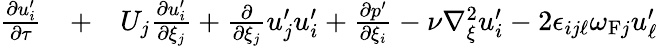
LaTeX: \begin{array}{rlr}{\frac{\partial u_{i}^{\prime}}{\partial\tau}}&{{}+}&{U_{j}\frac{\partial u_{i}^{\prime}}{\partial\xi_{j}}+\frac{\partial}{\partial\xi_{j}}u_{j}^{\prime}u_{i}^{\prime}+\frac{\partial p^{\prime}}{\partial\xi_{i}}-\nu\nabla_{\xi}^{2}u_{i}^{\prime}-2\epsilon_{ij\ell}\omega_{\mathrm{{F}}j}u_{\ell}^{\prime}}\end{array}